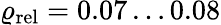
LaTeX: \varrho_{\mathrm{rel}}=0.07\ldots 0.08